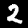
Digit: 2